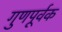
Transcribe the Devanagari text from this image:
गुणपूर्वक